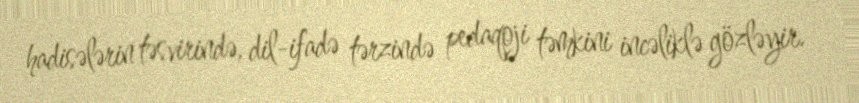
hadisələrin təsvirində, dil-ifadə tərzində pedaqoji təmkini incəliklə gözləyir.